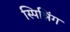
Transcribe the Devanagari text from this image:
स्पिन्निंग